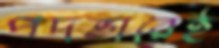
পদভারেই